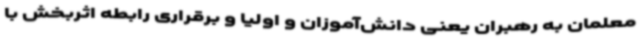
معلمان به رهبران یعنی دانش‌آموزان و اولیا و برقراری رابطه اثربخش با